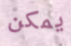
يمكن